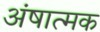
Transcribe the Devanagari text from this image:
अंषात्मक